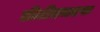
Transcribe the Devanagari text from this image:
डीटीएमएफ